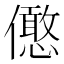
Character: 𠐣